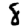
Digit: 8